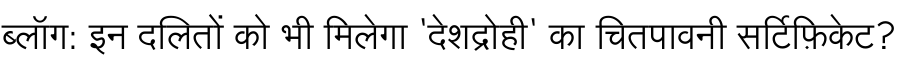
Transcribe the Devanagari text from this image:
ब्लॉग: इन दलितों को भी मिलेगा 'देशद्रोही' का चितपावनी सर्टिफ़िकेट?